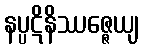
နပ္ပဋိနိဿဇ္ဇေယျ